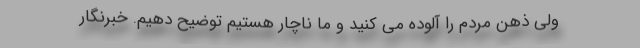
ولی ذهن مردم را آلوده می کنید و ما ناچار هستیم توضیح دهیم. خبرنگار